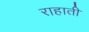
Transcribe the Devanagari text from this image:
राहाती